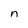
Character: n